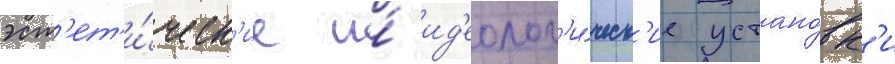
эст'ет'и́ческ'ие и́ ид'еолог'и́ческ'ие устано́вк'и